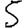
Digit: 5